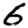
Digit: 6